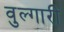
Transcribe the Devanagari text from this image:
वुल्गारी